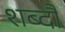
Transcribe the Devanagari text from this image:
शब्दौ